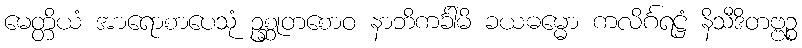
မေတ္တိယံ အာရောစာပေသုံ ဥစ္ဆုတစောဝ နာဘိကင်္ခါမိ ခယဓမ္မော ကလိင်္ဂရဋ္ဌံ နိသီဒိတဗ္ဗဉ္စ